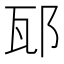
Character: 邷